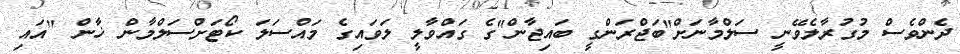
ދެންވެސް މުގުރާލެވޭނީ ސަލްމާނަށް"ބަޖްރަންގީ ބައިޖާން"ގެ ގައްވާލީ ލަވައިގެ މައްސަލަ ކޯޓަށްސަލްމާން ޚާން "އައި